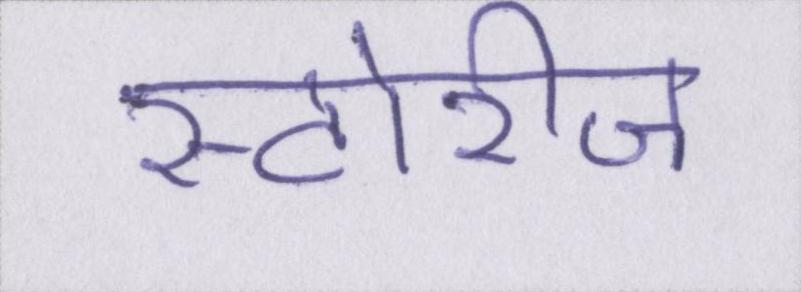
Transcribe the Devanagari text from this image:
स्टोरीज